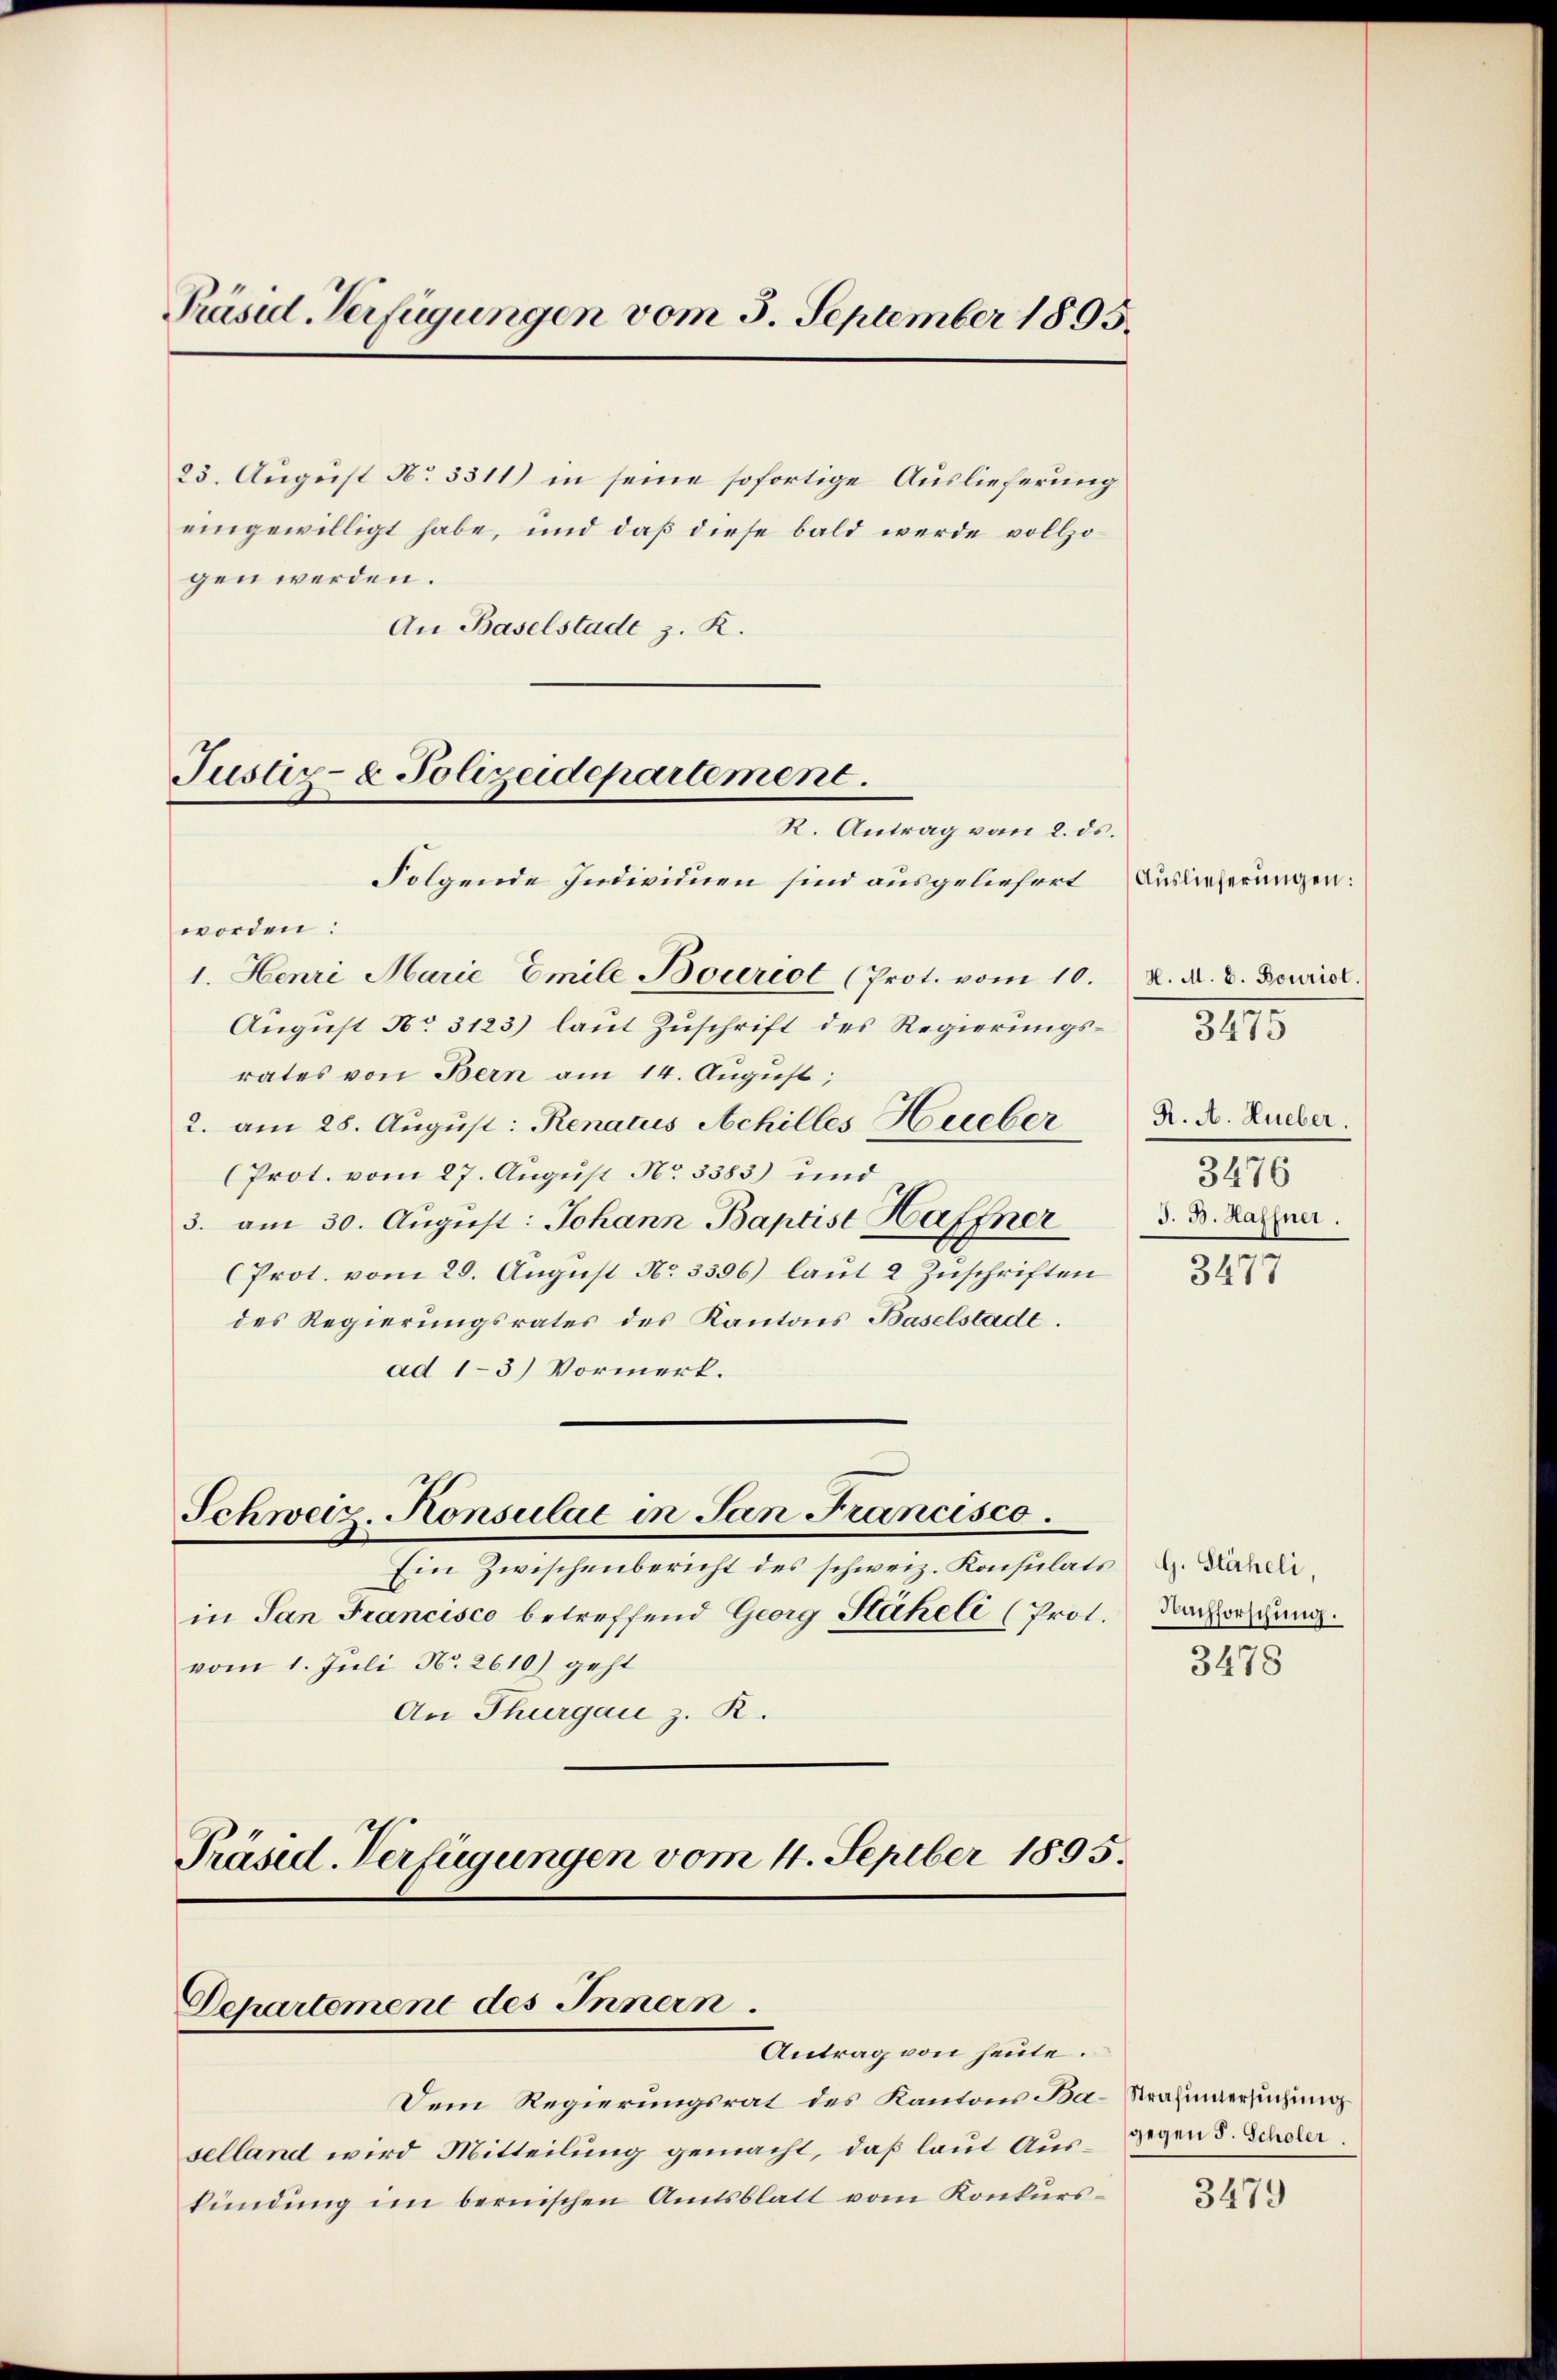
Präsid. Verfügungen vom 3. September 1895.

23. August No 3311) in seine sofortige Auslieferung
eingewilligt habe, und daß diese bald werde vollzogen werden.
An Baselstadt z. R.

Justiz- & Polizeidepartement.
R. Antrag vom 2. ds.
Folgende Individuen sind ausgeliefert

Schweiz. Konsulae in San Francisco

Departement des Innern.

worden:
1. Henri Marie Emile Bouriot (Prot. vom 10.
August No. 3123) laut Zuschrift des Regierungsrates von Bern am 14. August,
2. am 28. August: Renatus Achilles Hueber
(Prot. vom 27. August No 3383) und
3. am 30. August: Johann Baptist Haffner
(Prot. vom 29. August No 3396) laut 2 Zuschriften
des Regierungsrates des Kantons Baselstadt.
ad 1-3) Vormerk.

Antrag von heute.

Dem Regierungsrat des Kantons Ba-Krainversuchung
selland wird Mitteilung gemacht, daß laut Auskündung im bernischen Amtsblatt vom Konkurs¬

Ein Zwischenbericht des schweiz. Konsulats J. Karai
in San Francisco betreffend Georg Stäheli (Prot. Nachforschung.
vom 1. Juli No. 2610) geht
An Thurgau z. R.
Präsid. Verfügungen vom 4. Septber 1895.

Auslieferungen:
H. M. E. Bouriol.
R. A. Hueber.
3476
J. B. Haffner.

8275

3477

3478

gegen 5. Scholer.

3479